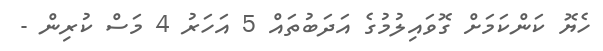
ހެޔޮ ކަންކަމަށް ގޮވައިލުމުގެ އަދަބުތައް 5 އަހަރު 4 މަސް ކުރިން -